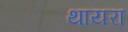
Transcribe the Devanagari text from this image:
थायरा